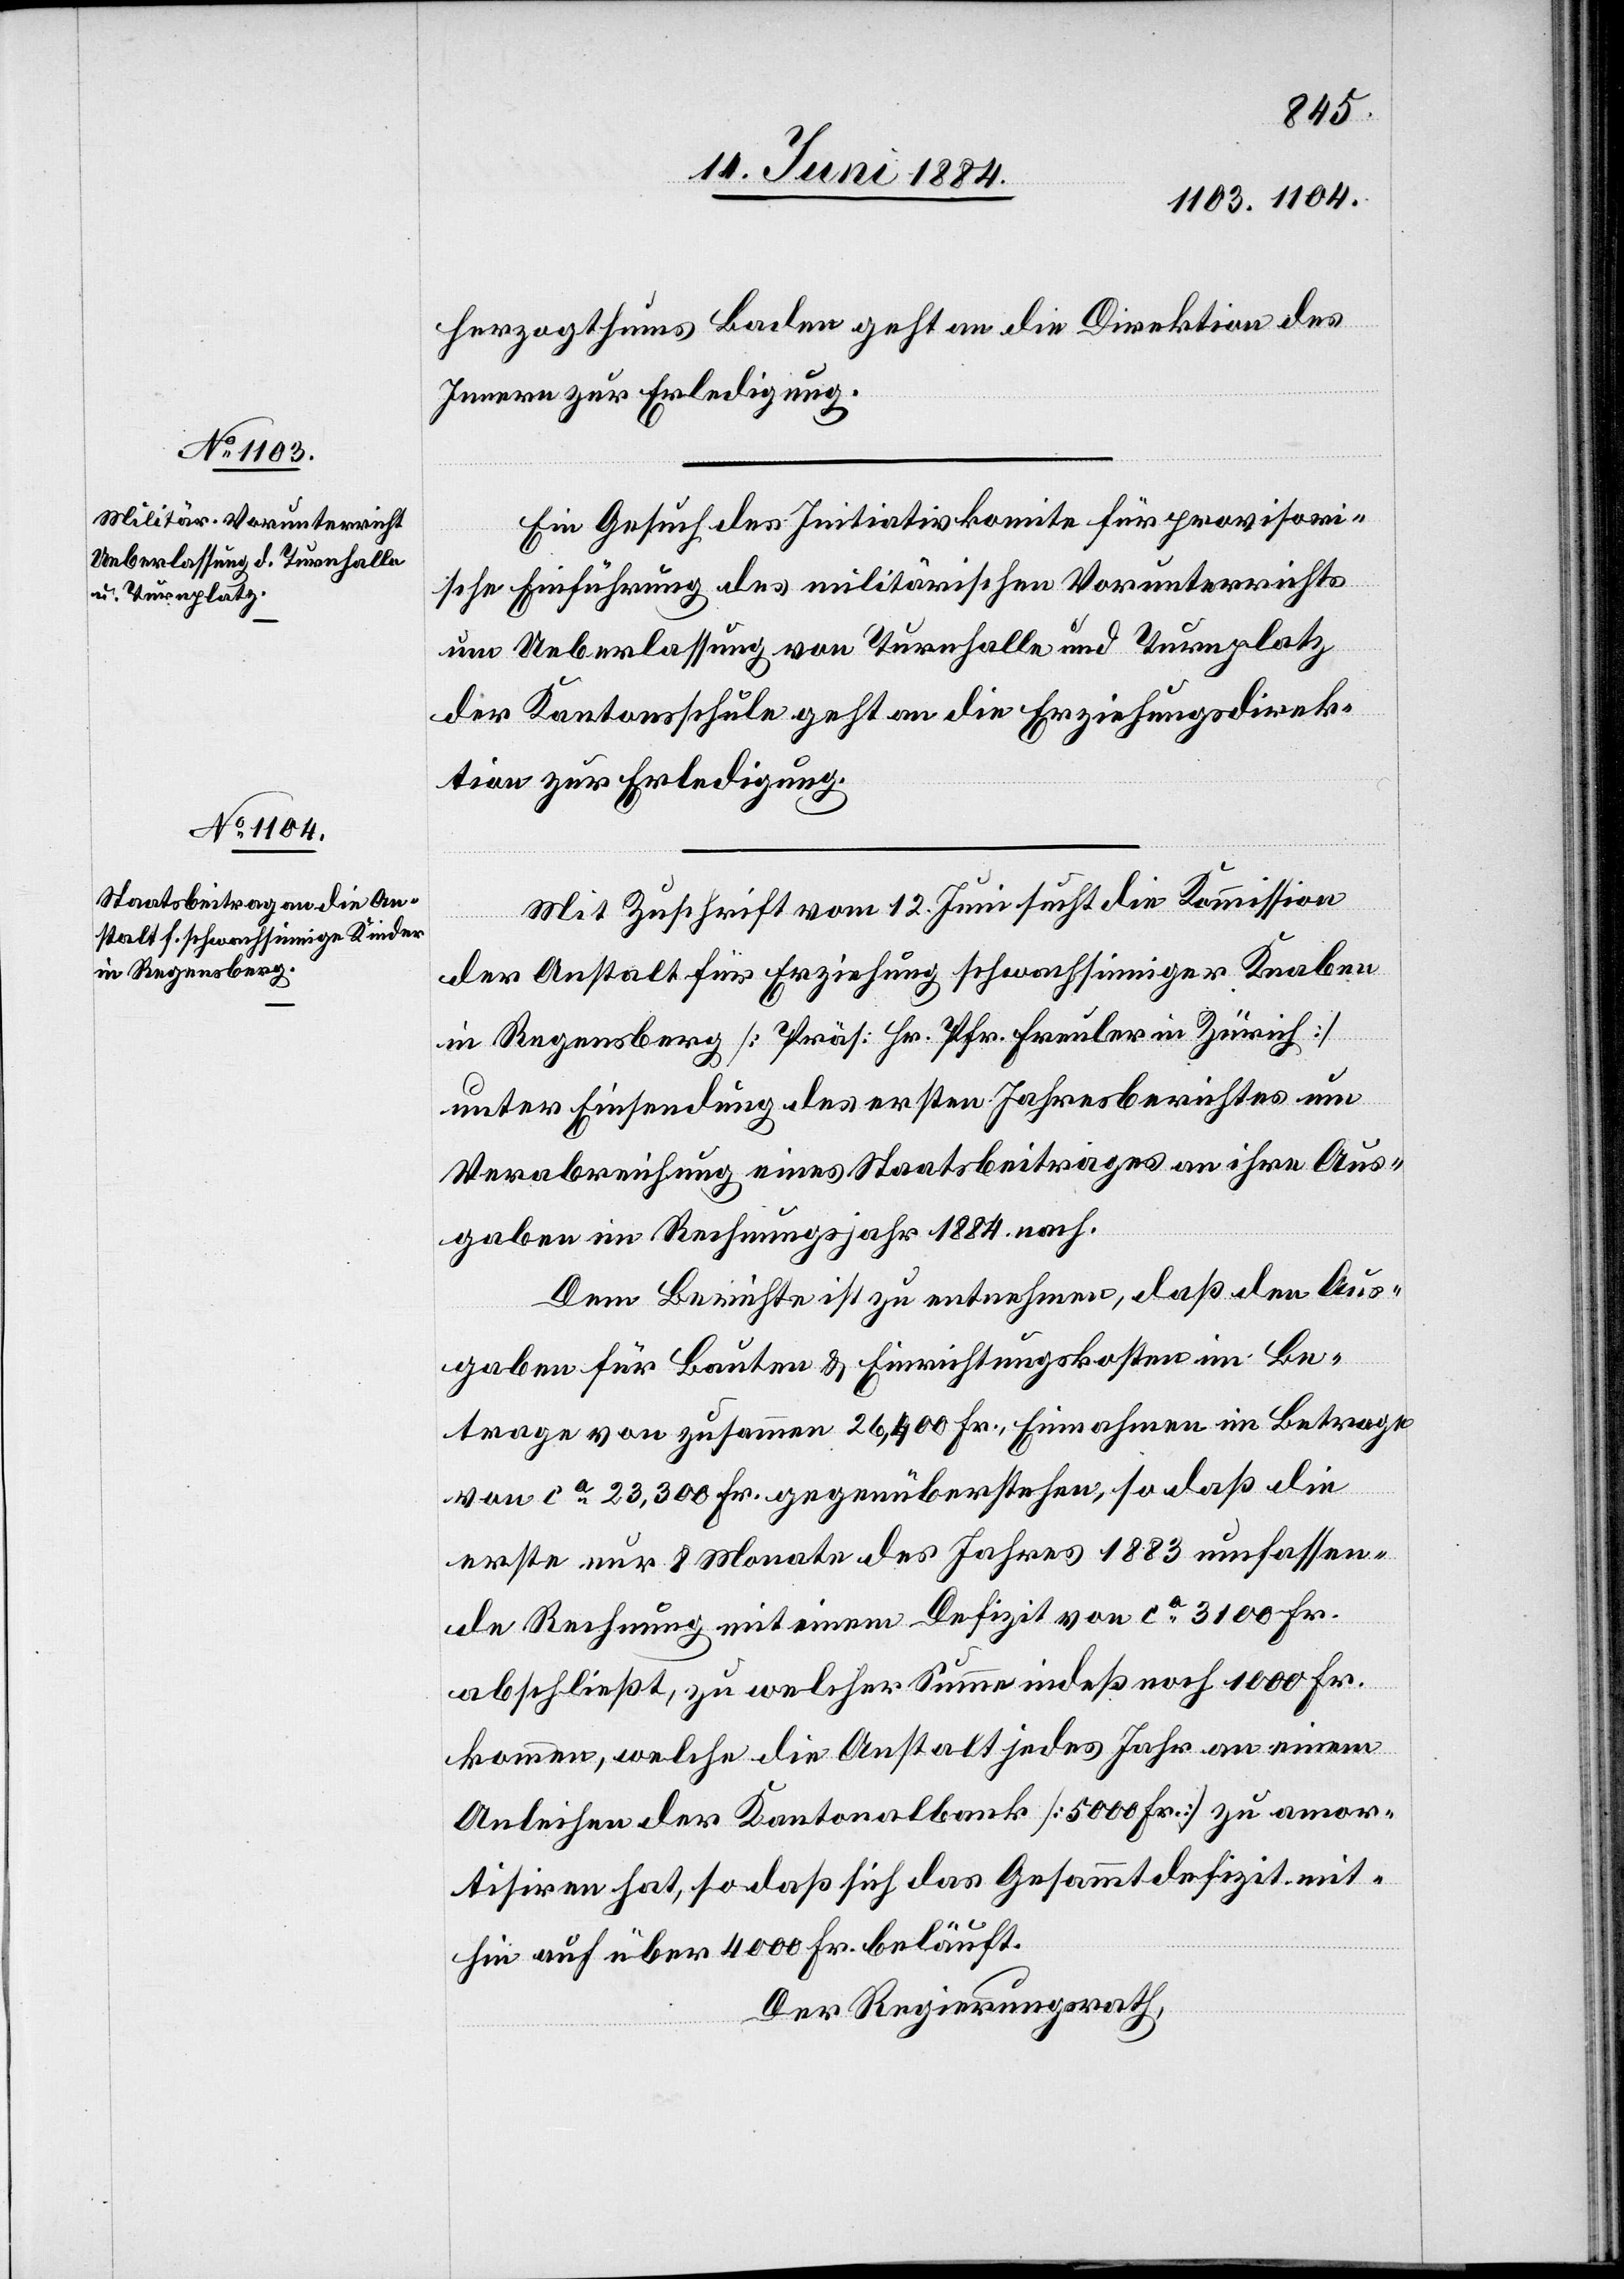
17. Juni 1884.]
herzogthums Baden geht an die Direktion des
Innern zur Erledigung.
Ein Gesuch es Initiativkomite für provisori¬
sche Einführung des militärischen Vorunterrichts
um Ueberlassung von Turnhalle und Turnplatz
der Kantonsschule geht an die Erziehungsdirek¬
tion zur Erledigung.
Mit Zuschrift vom 12. Juni sucht die Kommission
der Anstalt für Erziehung schwachsinniger Knaben
in Regensberg [Präs: Hr. Pfr. Freuler in Zürich]
unter Einsendung des ersten Jahresberichtes um
Verabreichung eines Staatsbeitrages an ihre Aus¬
gaben im Rechnungsjahr 1884 nach.
Dem Berichte ist zu entnehmen, daß den Aus¬
gaben für Bauten & Einrichtungskosten im Be¬
trage von zusammen 26,400 Fr., Einnahmen im Betrage
von ca 23,000 Fr. gegenüberstehen, so daß die
erste nur 8 Monate des Jahres 188 umfassen¬
de Rechnung mit einem Defizit von ca 3100 Fr.
abschließt, zu welcher Summe indeß noch 1000 Fr.
kommen, welche die Anstalt jedes Jahr an einem
Anleihen der Kantonalbank [5000 Fr.] zu amor¬
tisiren hat, so daß sich das Gesammtdefizit mit¬
hin auf über 4000 Fr. beläuft.
Der Regierungsrath,